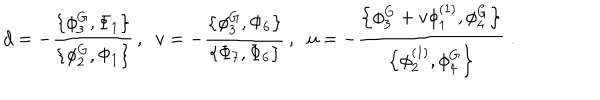
d = - \frac { \left\{ \phi _ { 3 } ^ { G } , \Phi _ { 1 } \right\} } { \left\{ \phi _ { 2 } ^ { G } , \Phi _ { 1 } \right\} } \, , \; \; v = - \frac { \left\{ \phi _ { 3 } ^ { G } , \Phi _ { 6 } \right\} } { \left\{ \Phi _ { 7 } , \Phi _ { 6 } \right\} } \, , \; \; u = - \frac { \left\{ \phi _ { 3 } ^ { G } + v \phi _ { 1 } ^ { \left( 1 \right) } , \phi _ { 4 } ^ { G } \right\} } { \left\{ \phi _ { 2 } ^ { ( 1 ) } , \phi _ { 4 } ^ { G } \right\} } \; .